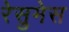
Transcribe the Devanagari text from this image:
रेसुमेस